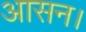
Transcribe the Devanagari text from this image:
आसन।